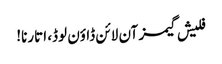
فلیش گیمز آن لائن ڈاؤن لوڈ، اتارنا!